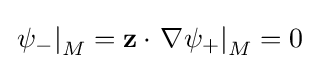
\left.\psi _{-}\right|_{M}=\mathbf {z} \cdot \left.\mathbf {\nabla } \psi _{+}\right|_{M}=0\;